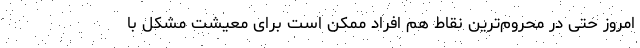
امروز حتی در محروم‌ترین نقاط هم افراد ممکن است برای معیشت مشکل با